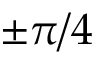
\pm \pi / 4